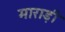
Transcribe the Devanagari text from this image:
माराड़ी